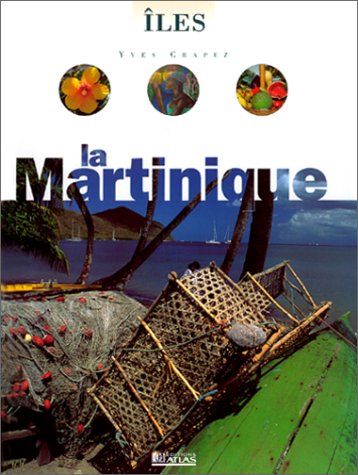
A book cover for La Martinique 1997; Guide Atlas; Travel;